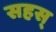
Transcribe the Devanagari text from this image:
सहस्